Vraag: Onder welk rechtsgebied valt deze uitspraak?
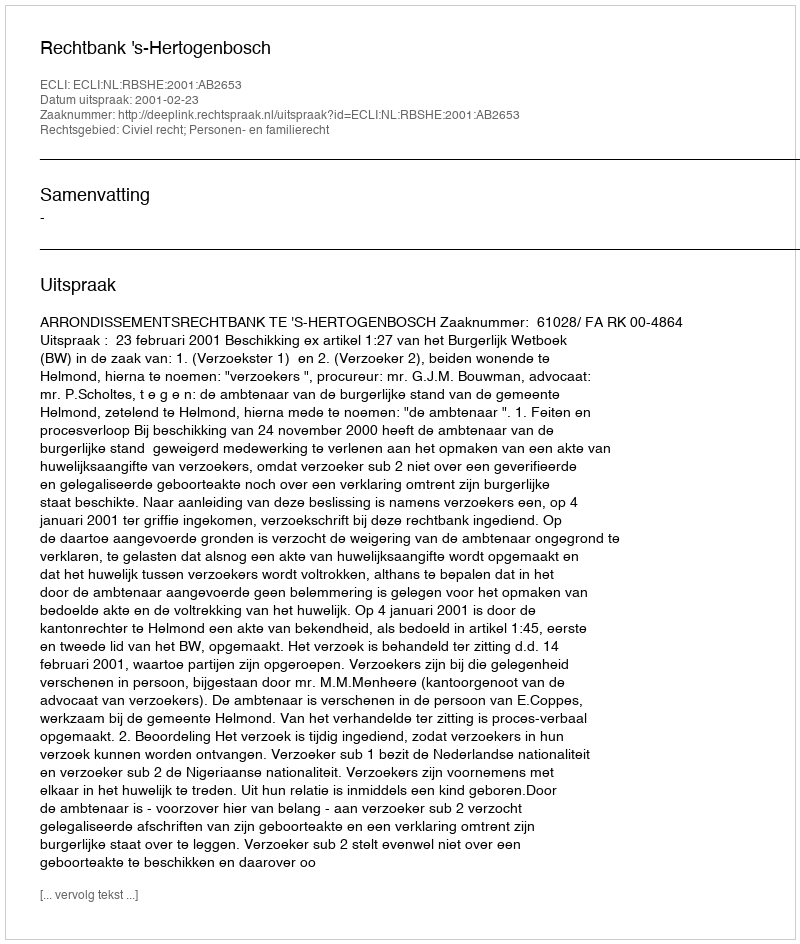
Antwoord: Civiel recht; Personen- en familierecht